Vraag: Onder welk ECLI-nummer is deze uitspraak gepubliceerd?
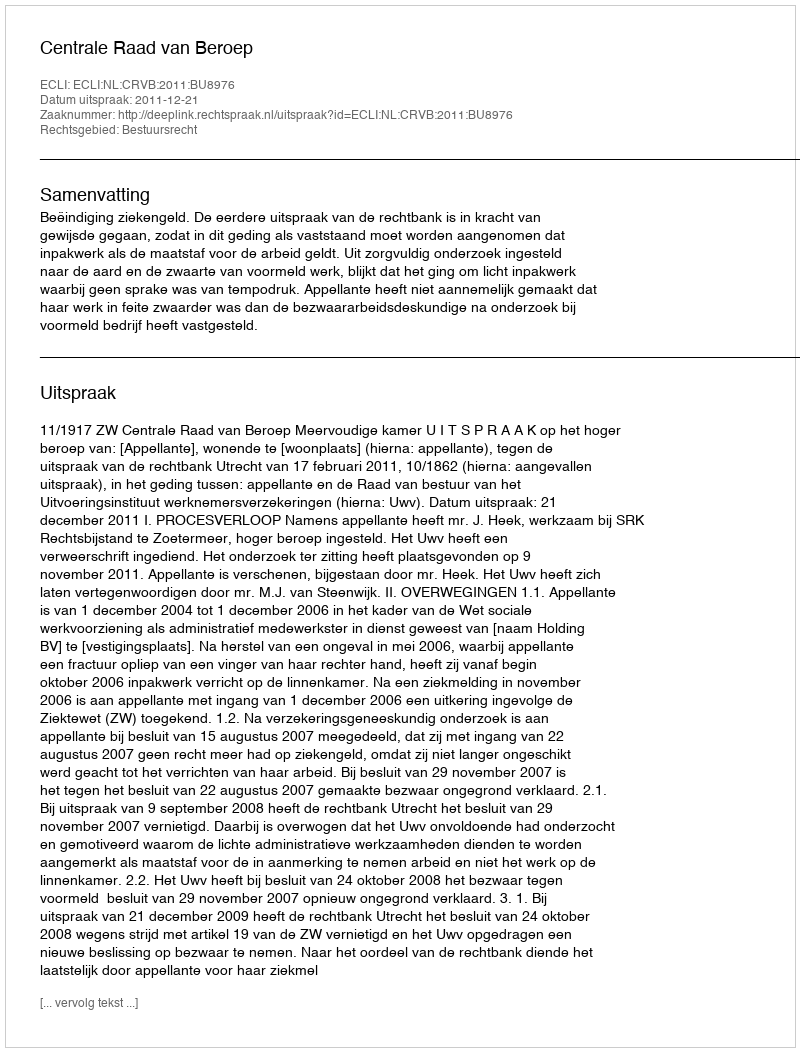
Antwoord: ECLI:NL:CRVB:2011:BU8976